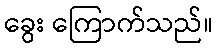
ခွေး ကြောက်သည်။